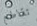
تقاطع